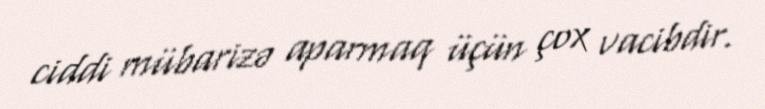
ciddi mübarizə aparmaq üçün çox vacibdir.